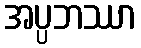
အပ္ပဘဿာ